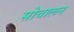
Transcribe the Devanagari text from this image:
सोचालन